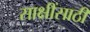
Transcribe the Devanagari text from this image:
साक्षींसाठी